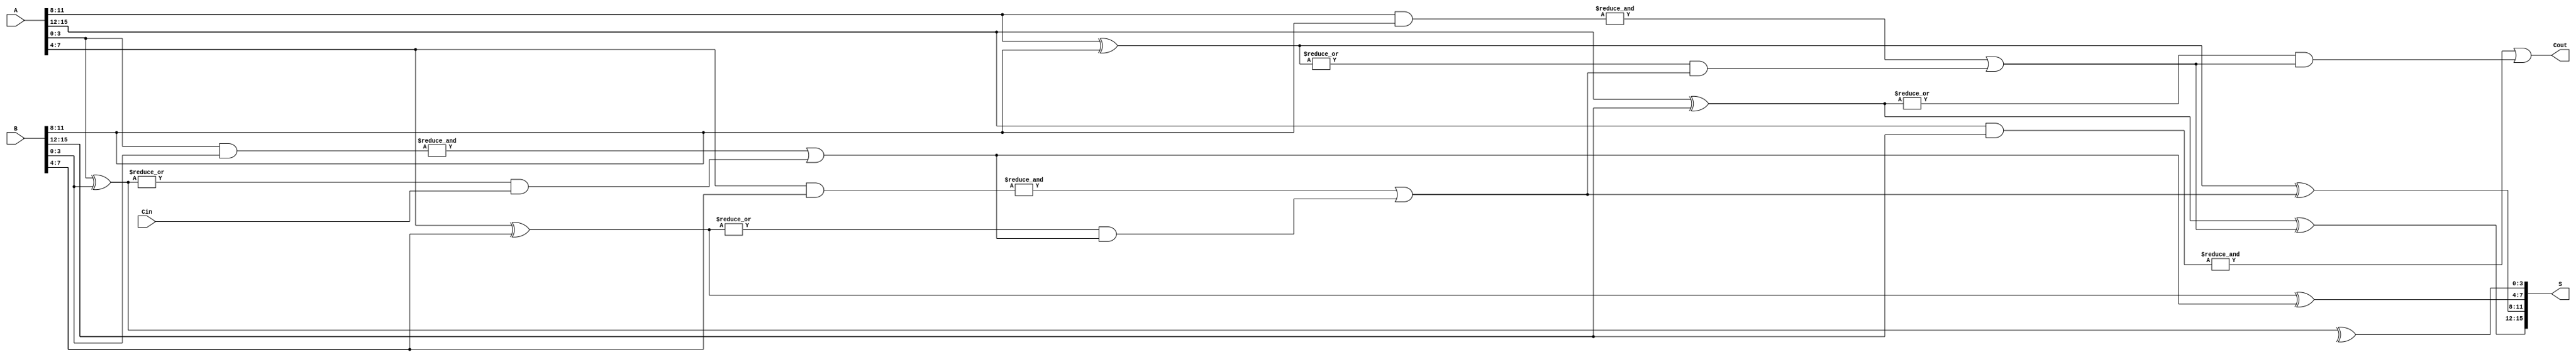
module han_carlson_adder #(
    parameter N = 16  // Width of the input numbers (should be a multiple of SEGMENT_SIZE)
)(
    input [N-1:0] A,      // First n-bit input
    input [N-1:0] B,      // Second n-bit input
    input Cin,            // Carry-in
    output [N-1:0] S,     // n-bit sum output
    output Cout           // Carry-out
);
    localparam SEGMENT_SIZE = 4;  // Size of each segment
    localparam NUM_SEGMENTS = N / SEGMENT_SIZE; // Number of segments

    // Internal signals
    wire [NUM_SEGMENTS-1:0] P; // Propagate signals for each segment
    wire [NUM_SEGMENTS-1:0] G; // Generate signals for each segment
    wire [NUM_SEGMENTS:0] C;    // Carry signals between segments

    // Generate the carry signals for each segment
    genvar i;
    generate
        for (i = 0; i < NUM_SEGMENTS; i = i + 1) begin: segment
            wire [SEGMENT_SIZE-1:0] A_seg = A[i*SEGMENT_SIZE +: SEGMENT_SIZE];
            wire [SEGMENT_SIZE-1:0] B_seg = B[i*SEGMENT_SIZE +: SEGMENT_SIZE];

            // Compute propagate and generate signals
            assign P[i] = |(A_seg ^ B_seg);
            assign G[i] = &(A_seg & B_seg);

            // Compute carry-out for the next segment
            if (i == 0) begin
                assign C[i+1] = G[i] | (P[i] & Cin); // First segment with Cin
            end else begin
                assign C[i+1] = G[i] | (P[i] & C[i]); // Subsequent segments
            end
        end
    endgenerate

    // Compute the sum for each segment using the carry signals
    generate
        for (i = 0; i < NUM_SEGMENTS; i = i + 1) begin: sum_segment
            wire [SEGMENT_SIZE-1:0] A_seg = A[i*SEGMENT_SIZE +: SEGMENT_SIZE];
            wire [SEGMENT_SIZE-1:0] B_seg = B[i*SEGMENT_SIZE +: SEGMENT_SIZE];

            assign S[i*SEGMENT_SIZE +: SEGMENT_SIZE] = (A_seg ^ B_seg) ^ C[i]; // Sum computation
        end
    endgenerate

    // The final carry-out is the carry-out of the last segment
    assign Cout = C[NUM_SEGMENTS];

endmodule